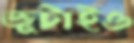
জুটাইও